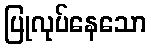
ပြုလုပ်နေသော